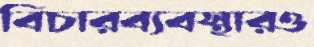
বিচারব্যবস্থারও